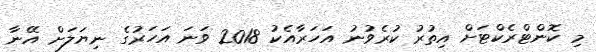
މި ކޮންޓްރެކްޓަށް އިތުރު ކުރެވުނު އަހަރާއެކު 2018 ވަނަ އަހަރުގެ ނިޔަލަށް އޭނާ